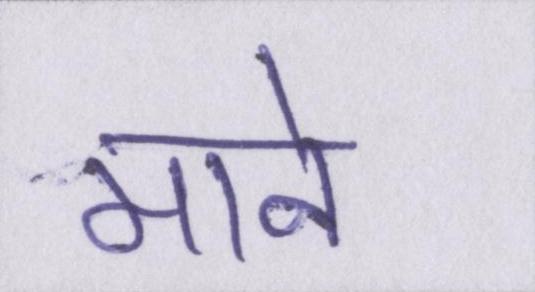
माने